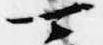
可